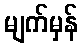
မျက်မှန်